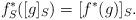
LaTeX: \begin{align*}f^*_S([g]_S) = [f^*(g)]_S.\end{align*}